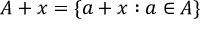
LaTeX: A + x = \{ a + x : a \in A \}